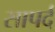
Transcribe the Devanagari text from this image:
सापर्द